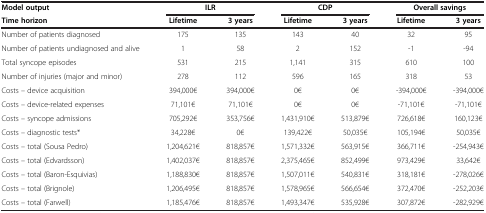
| Model output | <COLSPAN=2> ILR | <COLSPAN=2> CDP | <COLSPAN=2> Overall savings |
 | Time horizon | Lifetime | 3 years | Lifetime | 3 years | Lifetime | 3 years |
 | --- | --- | --- | --- | --- | --- | --- |
 | Number of patients diagnosed | 175 | 135 | 143 | 40 | 32 | 95 |
 | Number of patients undiagnosed and alive | 1 | 58 | 2 | 152 | -1 | -94 |
 | Total syncope episodes | 531 | 215 | 1,141 | 315 | 610 | 100 |
 | Number of injuries (major and minor) | 278 | 112 | 596 | 165 | 318 | 53 |
 | Costs – device acquisition | 394,000€ | 394,000€ | 0€ | 0€ | -394,000€ | -394,000€ |
 | Costs – device-related expenses | 71,101€ | 71,101€ | 0€ | 0€ | -71,101€ | -71,101€ |
 | Costs – syncope admissions | 705,292€ | 353,756€ | 1,431,910€ | 513,879€ | 726,618€ | 160,123€ |
 | Costs – diagnostic tests* | 34,228€ | 0€ | 139,422€ | 50,035€ | 105,194€ | 50,035€ |
 | Costs – total (Sousa Pedro) | 1,204,621€ | 818,857€ | 1,571,332€ | 563,915€ | 366,711€ | -254,943€ |
 | Costs – total (Edvardsson) | 1,402,037€ | 818,857€ | 2,375,465€ | 852,499€ | 973,429€ | 33,642€ |
 | Costs – total (Baron-Esquivias) | 1,188,830€ | 818,857€ | 1,507,011€ | 540,831€ | 318,181€ | -278,026€ |
 | Costs – total (Brignole) | 1,206,495€ | 818,857€ | 1,578,965€ | 566,654€ | 372,470€ | -252,203€ |
 | Costs – total (Farwell) | 1,185,476€ | 818,857€ | 1,493,347€ | 535,928€ | 307,872€ | -282,929€ |